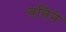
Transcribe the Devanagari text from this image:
वतिने